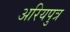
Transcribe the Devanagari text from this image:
अरियपुत्र